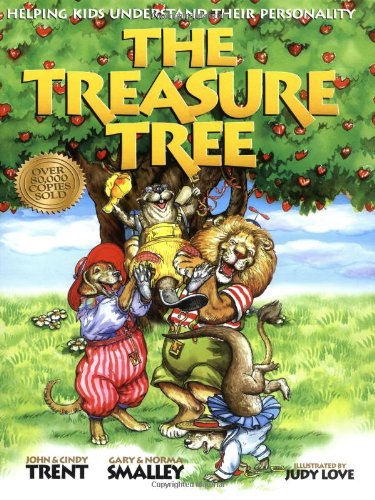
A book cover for The Treasure Tree: Helping Kids Understand Their Personality; John Trent; Children's Books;